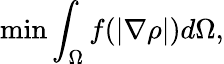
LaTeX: \operatorname*{min}\int_{\Omega}f(|\nabla\rho|)d\Omega,